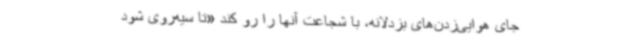
جای هوایی‌زدن‌های بزدلانه، با شجاعت آنها را رو کند «تا سیه‌روی شود